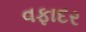
વફાદર